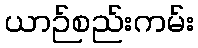
ယာဉ်စည်းကမ်း